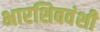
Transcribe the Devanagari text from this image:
भारशिववंशी